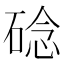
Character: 䂼